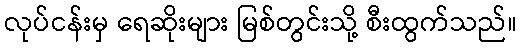
လုပ်ငန်းမှ ရေဆိုးများ မြစ်တွင်းသို့ စီးထွက်သည်။